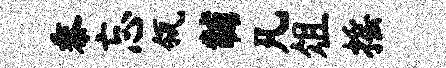
黍忘瓴黼凡俎摇